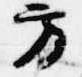
方